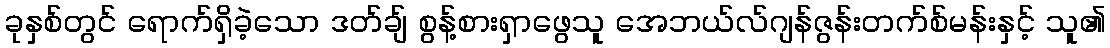
ခုနှစ်တွင် ရောက်ရှိခဲ့သော ဒတ်ချ် စွန့်စားရှာဖွေသူ အေဘယ်လ်ဂျန်ဇွန်းတက်စ်မန်းနှင့် သူ၏